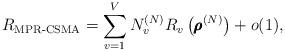
LaTeX: \begin{align*}R_{\textup{MPR-CSMA}} = \sum_{v = 1}^V N_v^{(N)} R_v\left( \pmb{\rho}^{(N)} \right) + o(1),\end{align*}